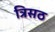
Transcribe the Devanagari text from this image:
त्रिसठ